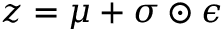
z = \mu + \sigma \odot \epsilon